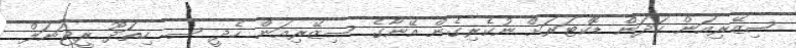
ސިޒޭރިއަން ހަދަން ޑޮކްޓަރަށް ނުކެރިގެން އޭނާގެ ސިޒޭރިއަން ހެދީ ސ. ހިތަދޫ ރީޖަނަލް